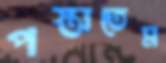
পস্তাতেম